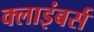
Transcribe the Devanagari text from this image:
क्लाइंबर्स